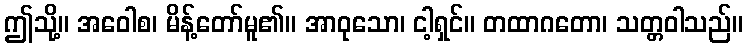
ဤသို့။ အဝေါစ၊ မိန့်တော်မူ၏။ အာဝုသော၊ ငါ့ရှင်။ တထာဂတော၊ သတ္တဝါသည်။